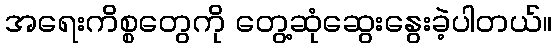
အရေးကိစ္စတွေကို တွေ့ဆုံဆွေးနွေးခဲ့ပါတယ်။